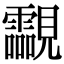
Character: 𧢥